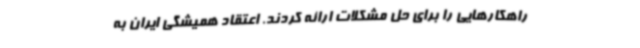
راهکارهایی را برای حل مشکلات ارائه کردند. اعتقاد همیشگی ایران به